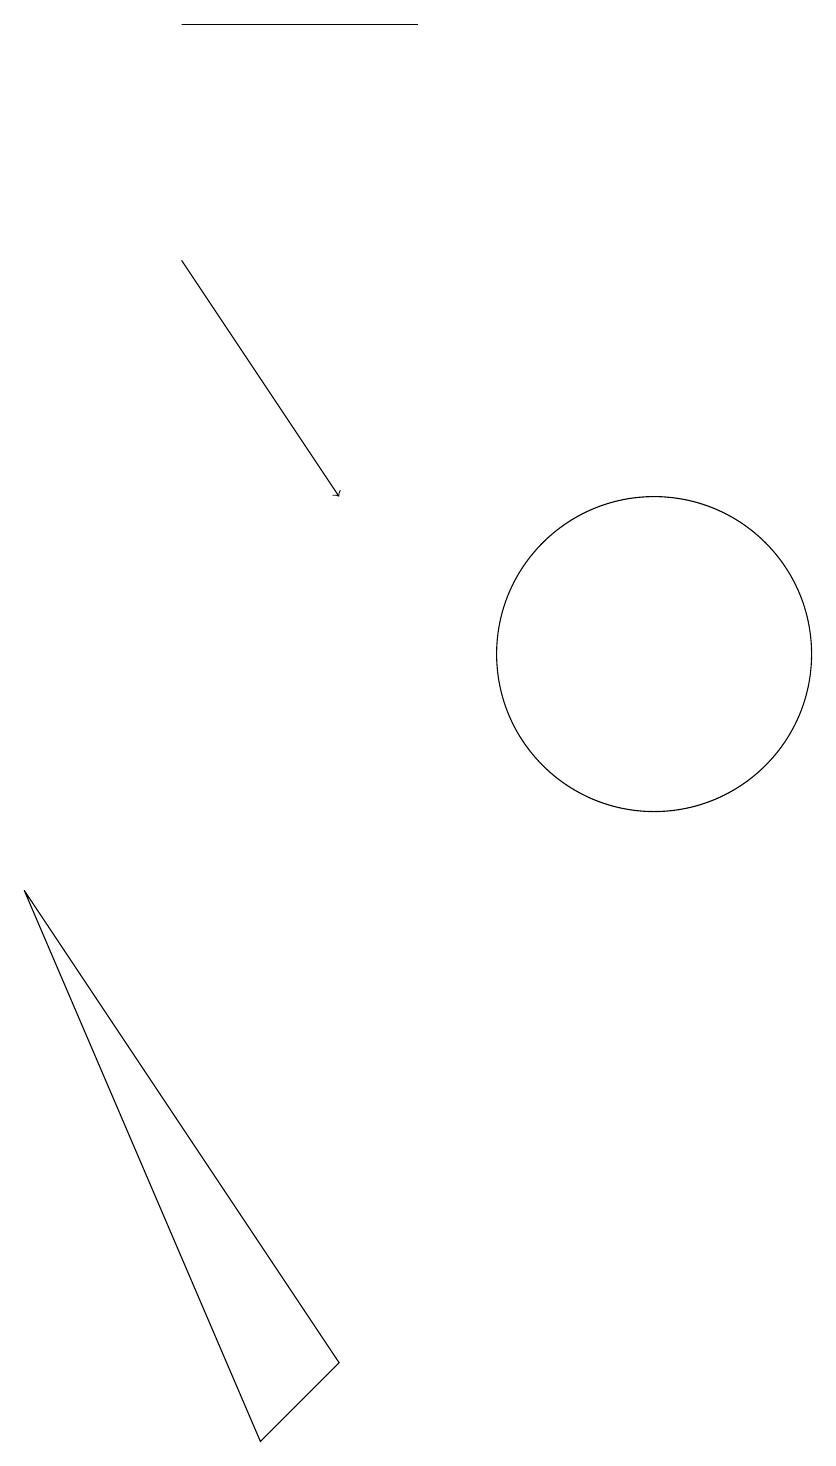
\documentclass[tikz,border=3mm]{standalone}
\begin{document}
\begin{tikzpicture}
\draw[->] (5,16) -- (7,13);
\draw (5,19) rectangle (8,19);
\draw (3,8) -- (6,1) -- (7,2) -- cycle;
\draw (11,11) circle (2);
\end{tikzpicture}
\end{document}